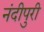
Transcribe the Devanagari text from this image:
नंदीपुरी